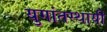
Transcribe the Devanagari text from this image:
युगांतस्थायी